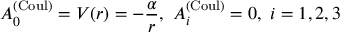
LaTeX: A _ { 0 } ^ { ( \mathrm { C o u l } ) } = V ( r ) = - \frac \alpha r , \ A _ { i } ^ { ( \mathrm { C o u l } ) } = 0 , \ i = 1 , 2 , 3